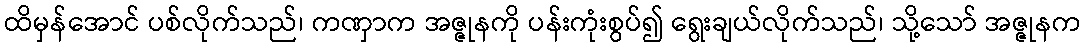
ထိမှန်အောင် ပစ်လိုက်သည်၊ ကဏှာက အဇ္ဇုနကို ပန်းကုံးစွပ်၍ ရွေးချယ်လိုက်သည်၊ သို့သော် အဇ္ဇုနက